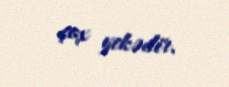
çox yekədir.